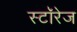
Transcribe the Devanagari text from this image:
स्टॉरेज